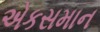
એકસમાન